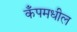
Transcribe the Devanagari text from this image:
कँपमधील